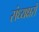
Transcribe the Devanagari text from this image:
संध्यक्षरों